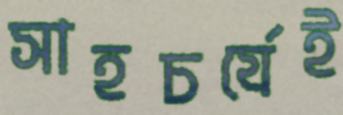
সাহচর্যেই